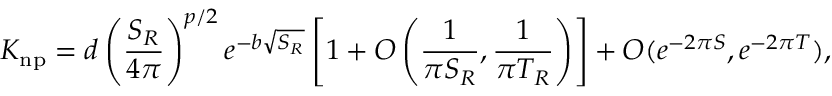
K _ { \mathrm { n p } } = d \left( \frac { S _ { R } } { 4 \pi } \right) ^ { p / 2 } e ^ { - b \sqrt { S _ { R } } } \left[ 1 + { \cal O } \left( \frac { 1 } { \pi S _ { R } } , \frac { 1 } { \pi T _ { R } } \right) \right] + { \cal O } ( e ^ { - 2 \pi S } , e ^ { - 2 \pi T } ) ,